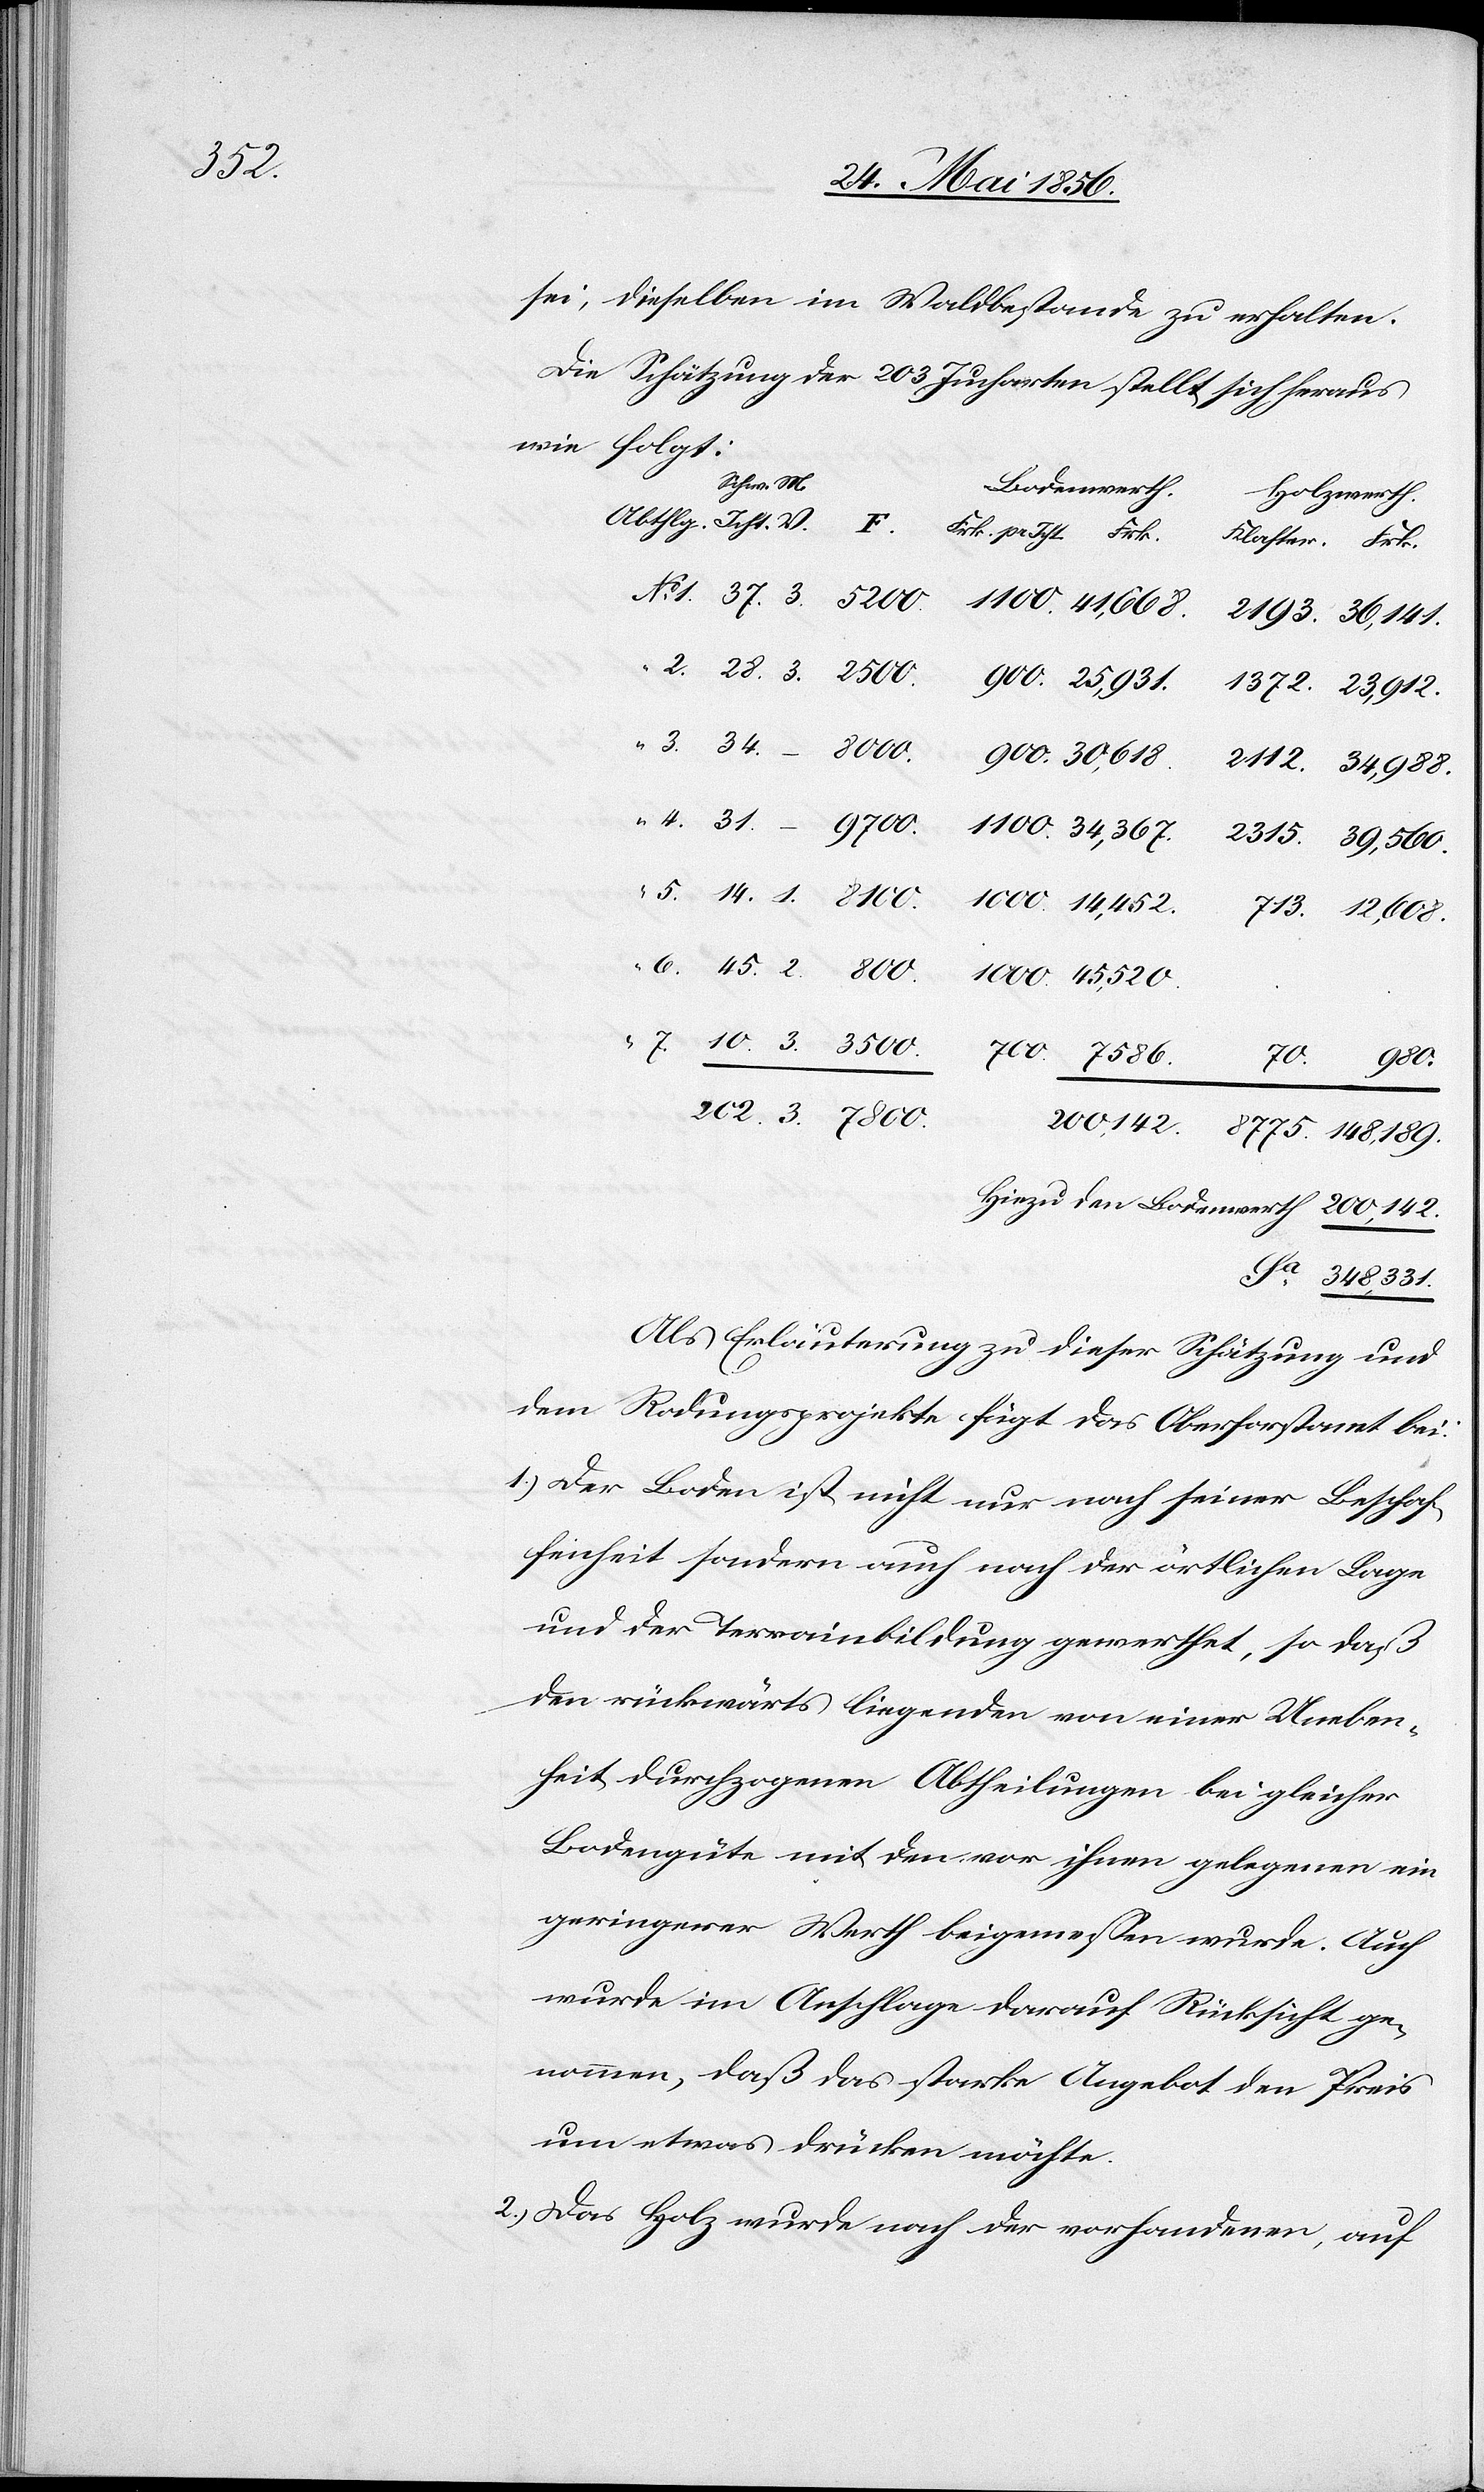
Sa

sei, dieselben im Waldbestande zu erhalten.
Die Schätzung der 203 Jucharten stellt sich heraus
wie folgt:
Schw.
Bodenwerth
Holzwerth.
348,331.
Als Erläuterung zu dieser Schätzung und
dem Rodungsprojekte fügt das Oberforstamt bei:
1.) Der Boden ist nicht nur nach seiner Beschaf¬
fenheit sondern auch nach der örtlichen Lage
und der Terrainbildung gewerthet, so daß
den rückwärts liegenden von einer Uneben¬
heit durchzogenen Abtheilung bei gleicher
Bodengüte mit den vor ihnen gelegenen ein
geringerer Werth beigemessen wurde. Auch
wurde im Anschlage darauf Rücksicht ge¬
nommen, daß das starke Angebot den Preis
um etwas drücken möchte.
2.) Das Holz wurde nach der vorhandenen, auf